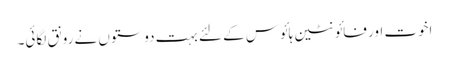
اخوت اور فائونٹین ہائوس کے لئے بہت دوستوں نے رونق لگائی۔